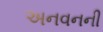
અનવનની